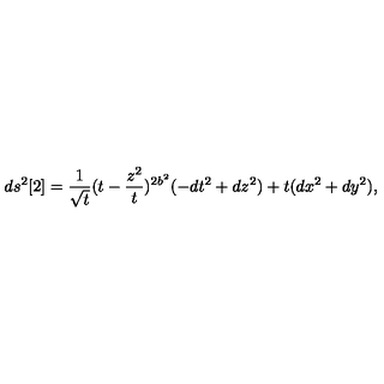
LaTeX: d s ^ { 2 } [ 2 ] = \frac { 1 } { { \sqrt t } } ( t - \frac { z ^ { 2 } } { t } ) ^ { 2 b ^ { 2 } } ( - d t ^ { 2 } + d z ^ { 2 } ) + t ( d x ^ { 2 } + d y ^ { 2 } ) ,